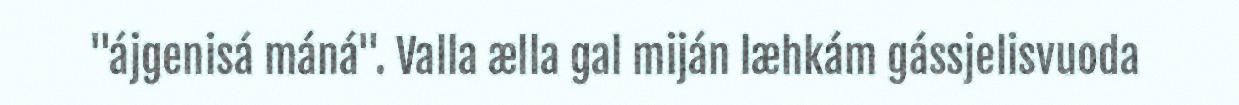
"ájgenisá máná". Valla ælla gal miján læhkám gássjelisvuoda